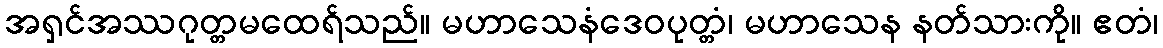
အရှင်အဿဂုတ္တမထေရ်သည်။ မဟာသေနံဒေဝပုတ္တံ၊ မဟာသေန နတ်သားကို။ ဧတံ၊